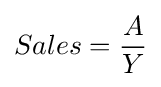
Sales={\frac {A}{Y}}